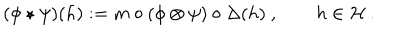
( \phi \star \psi ) ( h ) : = m \circ ( \phi \otimes \psi ) \circ \Delta ( h ) ~ , \qquad h \in \mathcal { H } ~ .